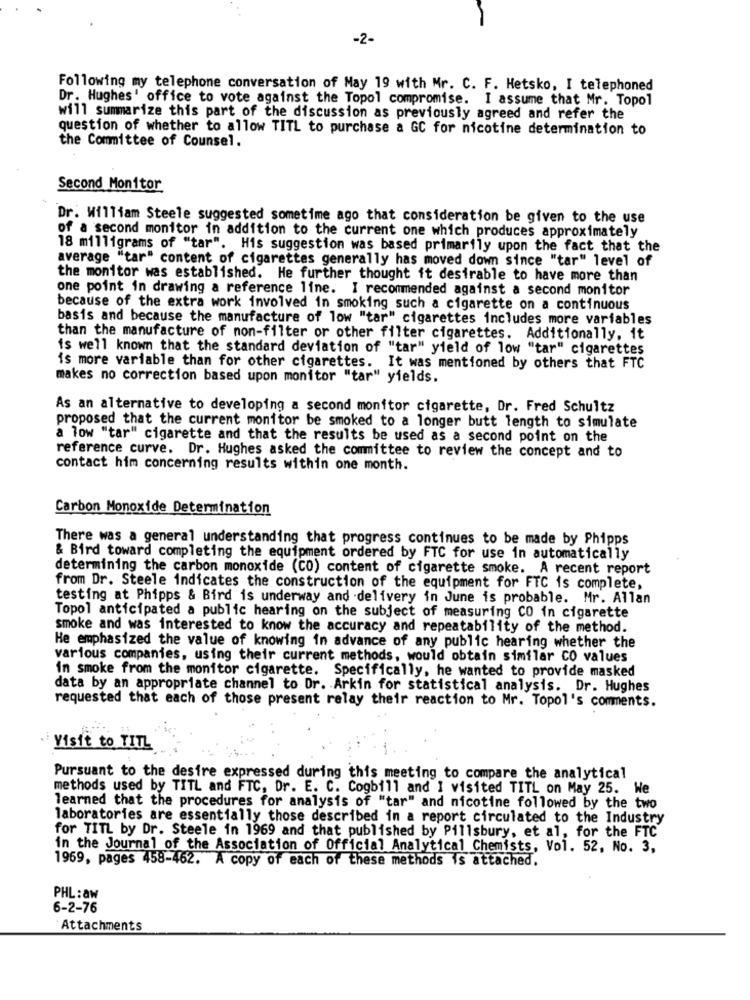
-2-
Following my telephone conversation of May 19 with Mr. C. F. Hetsko, I telephoned
Dr. Hughes' office to vote against the Topol compromise. I assume that Mr. Topol
will summarize this part of the discussion as previously agreed and refer the
question of whether to allow TITL to purchase a GC for nicotine determination to
the Committee of Counsel.
Second Monitor
Dr. William Steele suggested sometime ago that consideration be given to the use
of a second monitor in addition to the current one which produces approximately
18 milligrams of "tar". His suggestion was based primarily upon the fact that the
average "tar" content of cigarettes generally has moved down since "tar" level of
the monitor was established. He further thought it desirable to have more than
one point in drawing a reference line. I recommended against a second monitor
because of the extra work involved in smoking such a cigarette on a continuous
basis and because the manufacture of low "tar" cigarettes includes more variables
than the manufacture of non-filter or other filter cigarettes. Additionally, it
is well known that the standard deviation of "tar" yield of low "tar" cigarettes
is more variable than for other cigarettes. It was mentioned by others that FTC
makes no correction based upon monitor "tar" yields.
As an alternative to developing a second monitor cigarette, Dr. Fred Schultz
proposed that the current monitor be smoked to a longer butt length to simulate
a low "tar" cigarette and that the results be used as a second point on the
reference curve. Dr. Hughes asked the committee to review the concept and to
contact him concerning results within one month.
Carbon Monoxide Determination
There was a general understanding that progress continues to be made by Phipps
& Bird toward completing the equipment ordered by FTC for use in automatically
determining the carbon monoxide (CO) content of cigarette smoke. A recent report
from Dr. Steele indicates the construction of the equipment for FTC is complete,
testing at Phipps & Bird is underway and delivery in June is probable. Mr. Allan
Topol anticipated a public hearing on the subject of measuring CO in cigarette
smoke and was interested to know the accuracy and repeatability of the method.
He emphasized the value of knowing in advance of any public hearing whether the
various companies, using their current methods, would obtain similar CO values
in smoke from the monitor cigarette. Specifically, he wanted to provide masked
data by an appropriate channel to Dr. Arkin for statistical analysis. Dr. Hughes
requested that each of those present relay their reaction to Mr. Topol's comments.
Visit to TITL
Pursuant to the desire expressed during this meeting to compare the analytical
methods used by TITL and FTC, Dr. E. C. Cogbill and I visited TITL on May 25. We
learned that the procedures for analysis of "tar" and nicotine followed by the two
laboratories are essentially those described in a report circulated to the Industry
for TITL by Dr. Steele in 1969 and that published by Pillsbury, et al, for the FTC
in the Journal of the Association of Official Analytical Chemists, Vol. 52, No. 3,
1969, pages 458-462. A copy of each of these methods is attached.
PHL: aw
6-2-76
Attachments